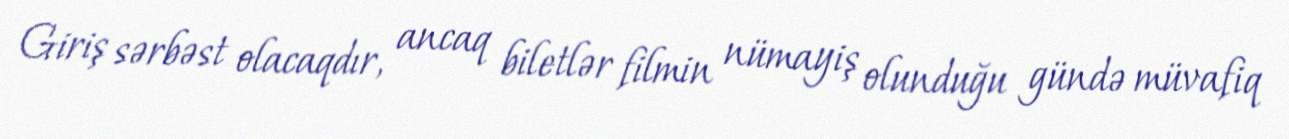
Giriş sərbəst olacaqdır, ancaq biletlər filmin nümayiş olunduğu gündə müvafiq